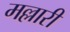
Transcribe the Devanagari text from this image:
मल्लारी